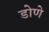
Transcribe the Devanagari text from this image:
डोणे